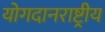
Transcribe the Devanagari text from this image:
योगदानराष्ट्रीय